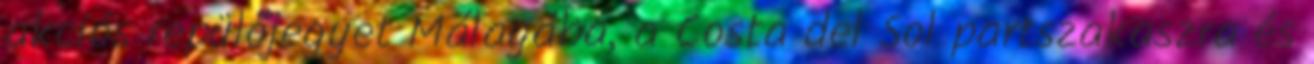
akciós repülőjegyet Málagába, a Costa del Sol partszakaszra és